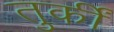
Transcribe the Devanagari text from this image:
तुर्कीं